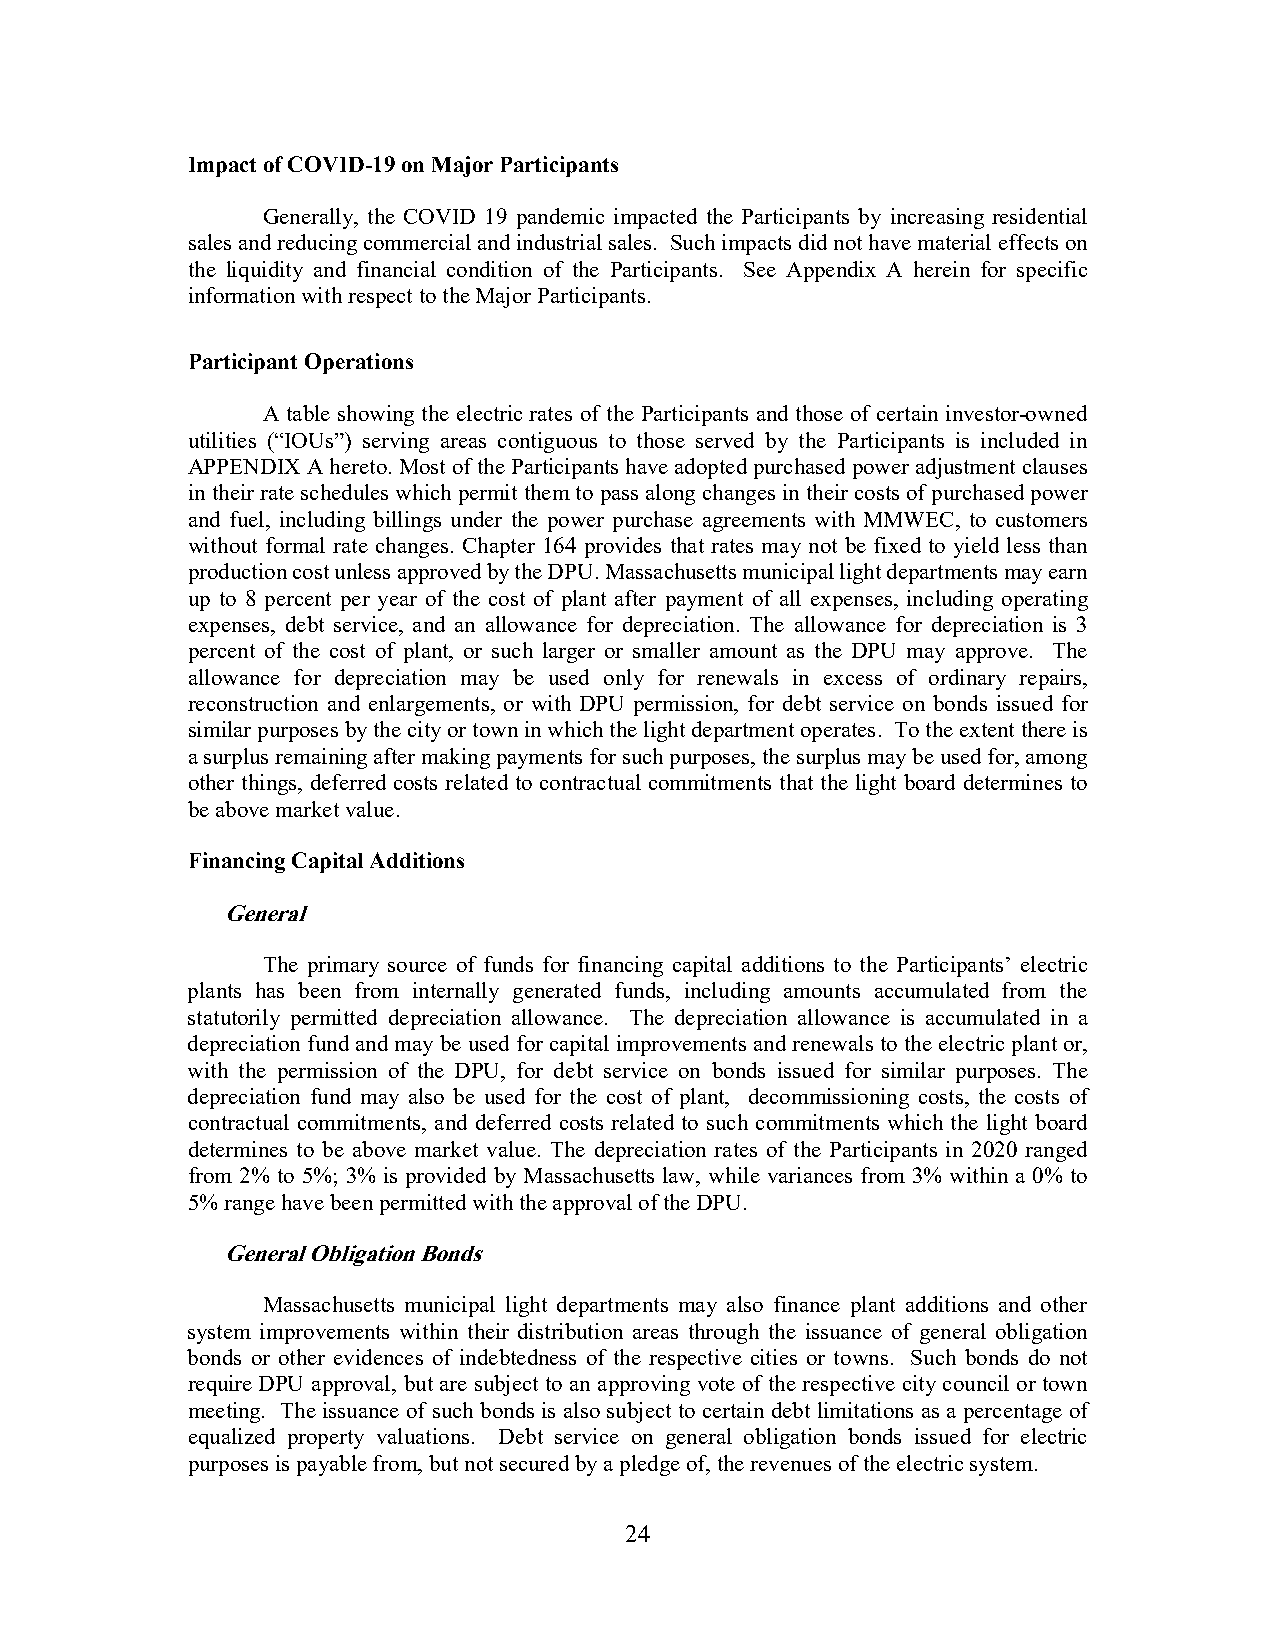
Impact of COVID-19 on Major Participants
 Generally, the COVID 19 pandemic impacted the Participants by increasing residential
 sales and reducing commercial and industrial sales. Such impacts did not have material effects on
 the liquidity and financial condition of the Participants. See Appendix A herein for specific
 information with respect to the Major Participants.
 Participant Operations
 A table showing the electric rates of the Participants and those of certain investor-owned
 utilities (“IOUs”) serving areas contiguous to those served by the Participants is included in
 APPENDIX A hereto. Most of the Participants have adopted purchased power adjustment clauses
 in their rate schedules which permit them to pass along changes in their costs of purchased power
 and fuel, including billings under the power purchase agreements with MMWEC, to customers
 without formal rate changes. Chapter 164 provides that rates may not be fixed to yield less than
 production cost unless approved by the DPU. Massachusetts municipal light departments may earn
 up to 8 percent per year of the cost of plant after payment of all expenses, including operating
 expenses, debt service, and an allowance for depreciation. The allowance for depreciation is 3
 percent of the cost of plant, or such larger or smaller amount as the DPU may approve. The
 allowance for depreciation may be used only for renewals in excess of ordinary repairs,
 reconstruction and enlargements, or with DPU permission, for debt service on bonds issued for
 similar purposes by the city or town in which the light department operates. To the extent there is
 a surplus remaining after making payments for such purposes, the surplus may be used for, among
 other things, deferred costs related to contractual commitments that the light board determines to
 be above market value.
 Financing Capital Additions
 General
 The primary source of funds for financing capital additions to the Participants’ electric
 plants has been from internally generated funds, including amounts accumulated from the
 statutorily permitted depreciation allowance. The depreciation allowance is accumulated in a
 depreciation fund and may be used for capital improvements and renewals to the electric plant or,
 with the permission of the DPU, for debt service on bonds issued for similar purposes. The
 depreciation fund may also be used for the cost of plant, decommissioning costs, the costs of
 contractual commitments, and deferred costs related to such commitments which the light board
 determines to be above market value. The depreciation rates of the Participants in 2020 ranged
 from 2% to 5%; 3% is provided by Massachusetts law, while variances from 3% within a 0% to
 5% range have been permitted with the approval of the DPU.
 General Obligation Bonds
 Massachusetts municipal light departments may also finance plant additions and other
 system improvements within their distribution areas through the issuance of general obligation
 bonds or other evidences of indebtedness of the respective cities or towns. Such bonds do not
 require DPU approval, but are subject to an approving vote of the respective city council or town
 meeting. The issuance of such bonds is also subject to certain debt limitations as a percentage of
 equalized property valuations. Debt service on general obligation bonds issued for electric
 purposes is payable from, but not secured by a pledge of, the revenues of the electric system.
 24